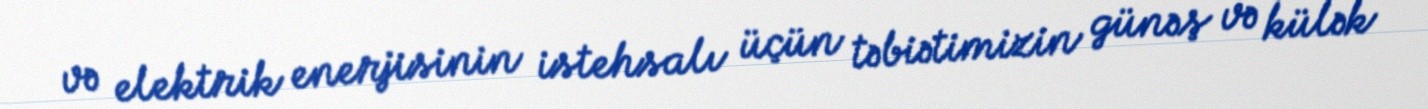
və elektrik enerjisinin istehsalı üçün təbiətimizin günəş və külək